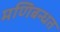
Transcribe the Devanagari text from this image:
मणिबन्धत